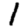
Digit: 1